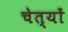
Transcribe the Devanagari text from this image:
चेत्यों